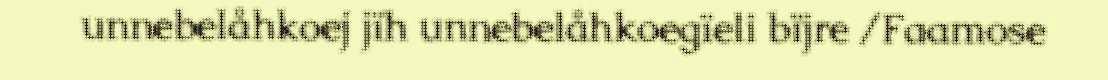
unnebelåhkoej jïh unnebelåhkoegïeli bïjre /Faamose